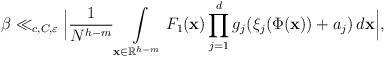
LaTeX: \begin{align*}\beta \ll _{c,C,\varepsilon}\Big\vert\frac{1}{N^{h-m}}\int\limits_{\mathbf{x} \in \mathbb{R}^{h-m}}F_1(\mathbf{x}) \prod\limits_{j=1}^d g_j(\xi_j(\Phi(\mathbf{x}))+a_j) \, d\mathbf{x}\Big\vert,\end{align*}